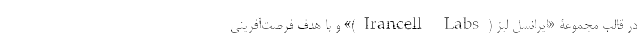
در قالب مجموعۀ «ایرانسل لبز (Irancell Labs)» و با هدف فرصت‌آفرینی